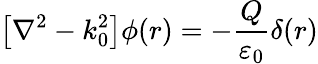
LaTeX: \left[\nabla^{2}-k_{0}^{2}\right]\phi(r)=-{\frac{Q}{\varepsilon_{0}}}\delta(r)